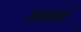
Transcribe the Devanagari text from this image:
इनालो